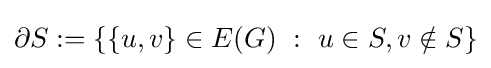
\partial S:=\{\{u,v\}\in E(G)\ :\ u\in S,v\notin S\}